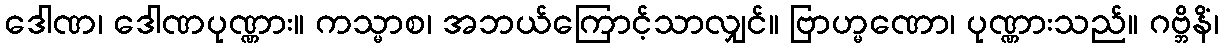
ဒေါဏ၊ ဒေါဏပုဏ္ဏား။ ကသ္မာစ၊ အဘယ်ကြောင့်သာလျှင်။ ဗြာဟ္မဏော၊ ပုဏ္ဏားသည်။ ဂဗ္ဘိနိံ၊